Report of the King Institute of Preventive Medicine, Guindy
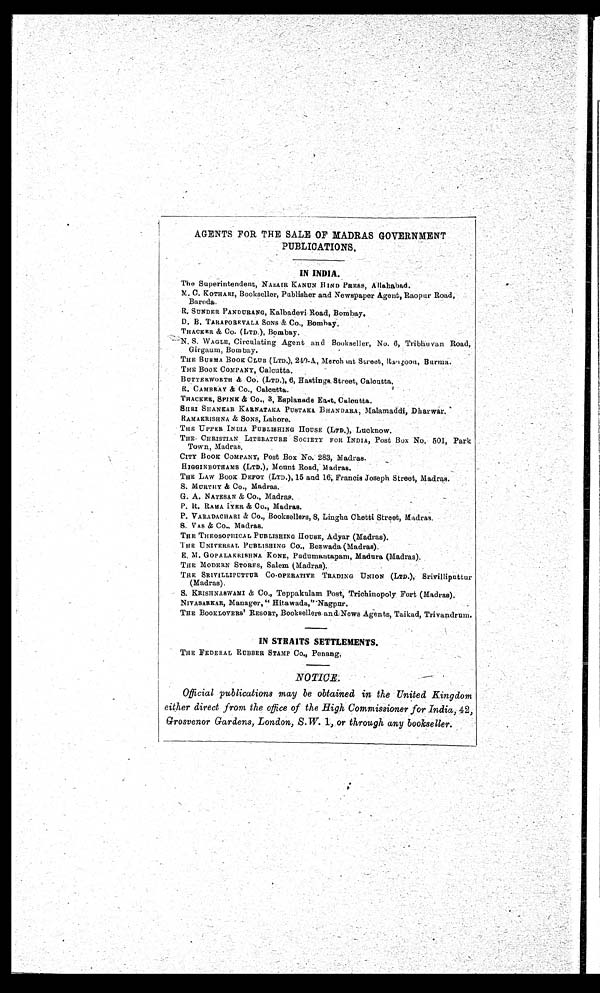
AGENTS FOR THE SALE OF MADRAS GOVERNMENT
PUBLICATIONS.
IN INDIA.
The Superintendent, NAZAIR KANUN HIND PRESS, Allahabad.
M. C. KOTHARI, Bookseller, Publisher and Newspaper Agent, Raopur Road,
Baroda.
R. SUNDER PANDURANG, Kalbadevi Road, Bombay.
D. B. TARAPOREVALA SONS & Co., Bombay.
THACKER & Co. (LTD.), Bombay.
N. S. WAGLE, Circulating Agent and Bookseller, No. 6, Tribhuvan Road,
Girgaum, Bombay.
THE BURMA BooK CLUB (LTD.), 240-A., Merch int Street, Ragoon, Burma.
THE BOOK COMPANY, Calcutta.
BUTTERWORTH & Co. (LTD.), 6, Hastings. Street, Calcutta.
R. CAMBRAY & Co., Calcutta.
THACKER, SPINK & Co., 3, Esplanade East, Calcutta.
SHRI SHANKAR KARNATAKA PUSTAKA BRANDARA, Malamaddi, Dharwar.
RAMAKRISHNA & SONS, Lahore.
THE UPPER INDIA PUBLISHING HOUSE (LTD.), Lucknow.
THE CHRISTIAN LITERATURE SOCIETY FOR INDIA, Post Box No. 501, Park
Town, Madras.
CITY BOOK COMPANY, Post Box No. 283, Madras.
HIGGINBOTHAMS (LTD.), Mount Road, Madras.
THE LAW BOOK DEPOT (LTD.), 15 and 16; Francis Joseph Street, Madras.
S. MURTHY & Co., Madras.
G. A. NATESAN & CO., Madras.
P. R. RAMA IYER & CO., Madras.
P. VARADACHARI CO., Booksellers, 8, Lingha Chetti Street, Madras.
S. VAS & CO., Madras.
THE THEOSOPHICAL PUBLISHING HOUSE, Adyar (Madras).
THE UNIVERSAL PUBLISHING Co., Bezwada (Madras).
E. M. GOPALAKRISHNA KONE, Pudumantapam, Madura (Madras).
THE MODERN STORES, Salem (Madras).
THE SRIVILLIPUTTUR CO-OPERATIVE TRADING UNION (LTD.), Srivilliputtur
(Madras).
S. KRISHNASWAMI & Co., Teppakulam Post, Trichinopoly Fort (Madras).
NIVASARKAR, Manager," Hitawada,"-Nagpur.
THE BOOKLOVERS' RESORT, Booksellers and News Agents, Taikad, Trivandrum.
IN STRAITS SETTLEMENTS.
THE FEDERAL RUBBER STAMP CO., Penang,
NOTICE.
Official publications may be obtained in the United Kingdom
either direct from the office of the High Commissioner for India, 42 ,
Grosvenor Gardens, London, S.W. 1, or through any bookseller.